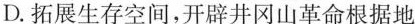
D.拓展生存空间，开辟井冈山革命根据地